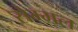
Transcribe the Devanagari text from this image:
सेम्मल